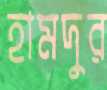
হামদুর